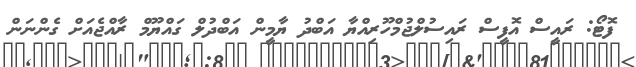
ފޮޓޯ: ރައީސް އޮފީސް ރައިސުލްޖުމްހޫރިއްޔާ އަބްދު ޔާމީން އަބްދުލް ގައްޔޫމް ރާއްޖެއަށް ގެންނަން